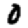
Digit: 0